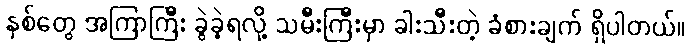
နှစ်တွေ အကြာကြီး ခွဲခဲ့ရလို့ သမီးကြီးမှာ ခါးသီးတဲ့ ခံစားချက် ရှိပါတယ်။